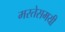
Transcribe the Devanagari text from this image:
मरतेसमयी